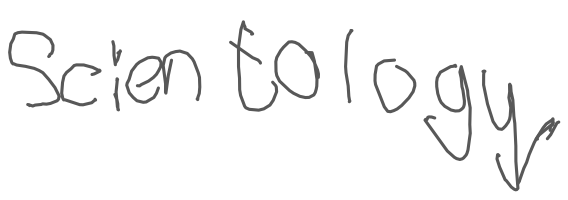
Text: Scientology,
Cross-out: clean
Writing tool: digital_gray